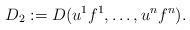
LaTeX: \begin{align*}D_2:=D(u^1f^1,\dots,u^nf^n) .\end{align*}